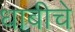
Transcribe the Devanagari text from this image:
धाबीचे